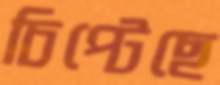
চিপ্‌টেছে